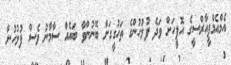
އެމްއެމްޕީއާރްސީގެ އޮފީހަށް ވަދެ ފުލުހުންގެ ތަހުގީގަށް ބޭނުންވާ ބައެއް ސާމާނު ވެސް ފުލުހުން